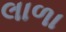
લાળા